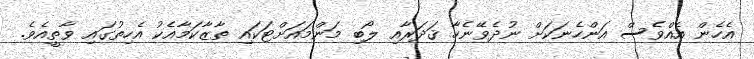
އެހެން އެއްވެސް އަންހެނަކަށް ނުދެވޭނެހާ ޤަދަރާއި ލޯބި މަންމައަށްޓަކައި ތާޒާކަމާއެކު އެހިތުގައި ވާތީއެވެ.